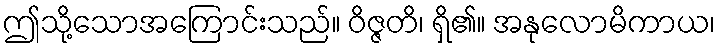
ဤသို့သောအကြောင်းသည်။ ဝိဇ္ဇတိ၊ ရှိ၏။ အနုလောမိကာယ၊